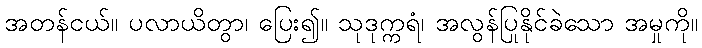
အတန်ငယ်။ ပလာယိတွာ၊ ပြေး၍။ သုဒုက္ကရံ၊ အလွန်ပြုနိုင်ခဲသော အမှုကို။